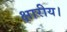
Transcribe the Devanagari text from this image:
क्षारीय।